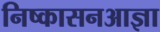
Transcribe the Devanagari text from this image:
निष्कासनआज्ञा